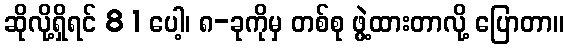
ဆိုလို့ရှိရင် 8 1 ပေါ့၊ ၈-ခုကိုမှ တစ်စု ဖွဲ့ထားတာလို့ ပြောတာ။